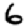
Digit: 6